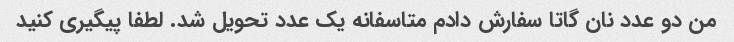
من دو عدد نان گاتا سفارش دادم متاسفانه یک عدد تحویل شد. لطفا پیگیری کنید